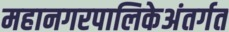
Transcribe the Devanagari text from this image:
महानगरपालिकेअंतर्गत